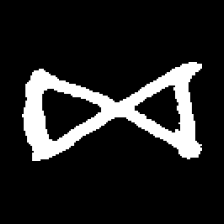
Pyu character \u2014 Myanmar letter: ဆ (romanized: cha)